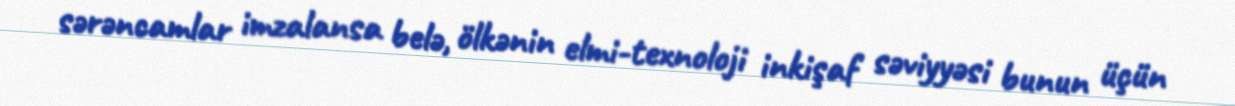
sərəncamlar imzalansa belə, ölkənin elmi-texnoloji inkişaf səviyyəsi bunun üçün